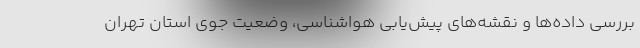
بررسی داده‌ها و نقشه‌های پیش‌یابی هواشناسی، وضعیت جوی استان تهران